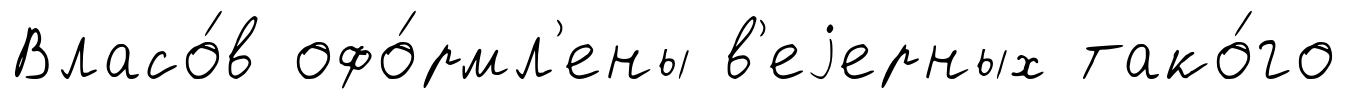
Власо́в офо́рмл'ены в'еjерных тако́го